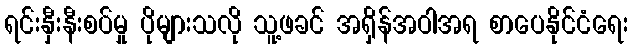
ရင်းနှီးနီးစပ်မှု ပိုများသလို သူ့ဖခင် အရှိန်အဝါအရ စာပေနိုင်ငံရေး